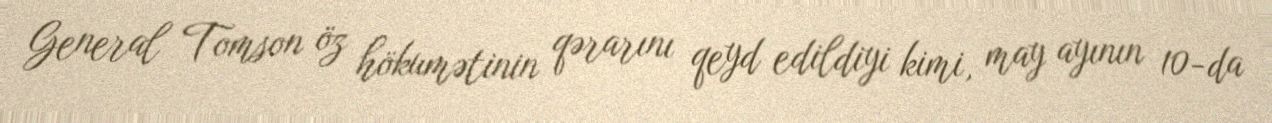
General Tomson öz hökumətinin qərarını qeyd edildiyi kimi, may ayının 10-da